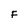
Character: F